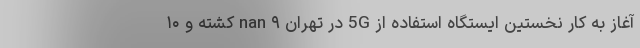
آغاز به کار نخستین ایستگاه استفاده از 5G در تهران nan ۹ کشته و ۱۰